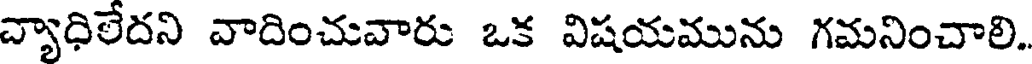
వ్యాధిలేదని వాదించువారు ఒక విషయమును గమనించాలి.